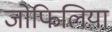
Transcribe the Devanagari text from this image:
जोफिलिया